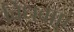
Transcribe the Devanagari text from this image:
विधवाएं